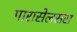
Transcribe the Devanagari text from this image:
पारासेलसस